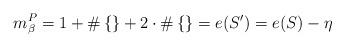
LaTeX: \begin{align*}m^P_\beta=1+\#\left\{ \right\} +2\cdot\#\left\{ \right\}=e(S')=e(S)-\eta\end{align*}